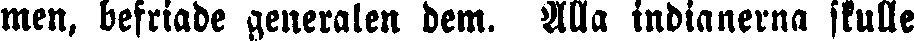
men, befriade generalen dem. Alla indianerna skulle